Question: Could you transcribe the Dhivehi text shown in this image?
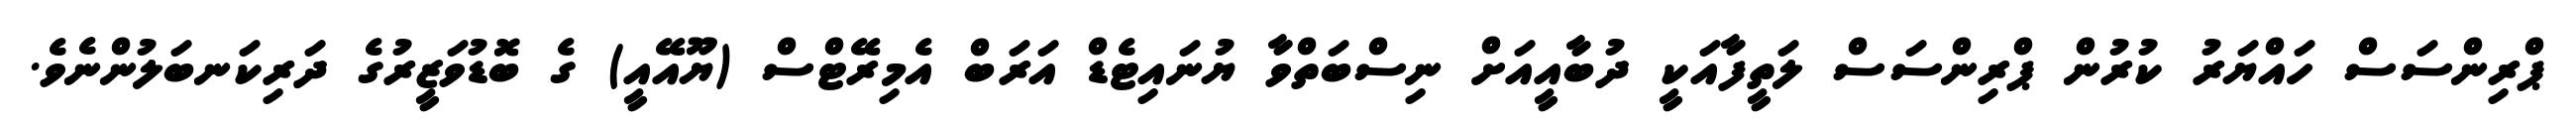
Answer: ޕްރިންސަސް ހައްޔަރު ކުރުން ޕްރިންސަސް ލަތީފާއަކީ ދުބާއީއަށް ނިސްބަތްވާ ޔުނައިޓެޑް އަރަބް އެމިރޭޓްސް (ޔޫއޭއީ) ގެ ބޮޑުވަޒީރުގެ ދަރިކަނބަލުންނެވެ.